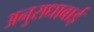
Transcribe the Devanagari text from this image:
अनुराधाबाई